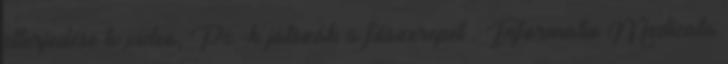
elterjedése tv,video, Pc.-k játszák a főszerepet . Informatio Medicata